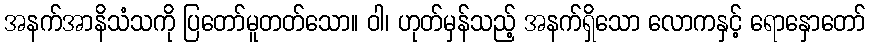
အနက်အာနိသံသကို ပြတော်မူတတ်သော။ ဝါ၊ ဟုတ်မှန်သည့် အနက်ရှိသော လောကနှင့် ရောနှောတော်